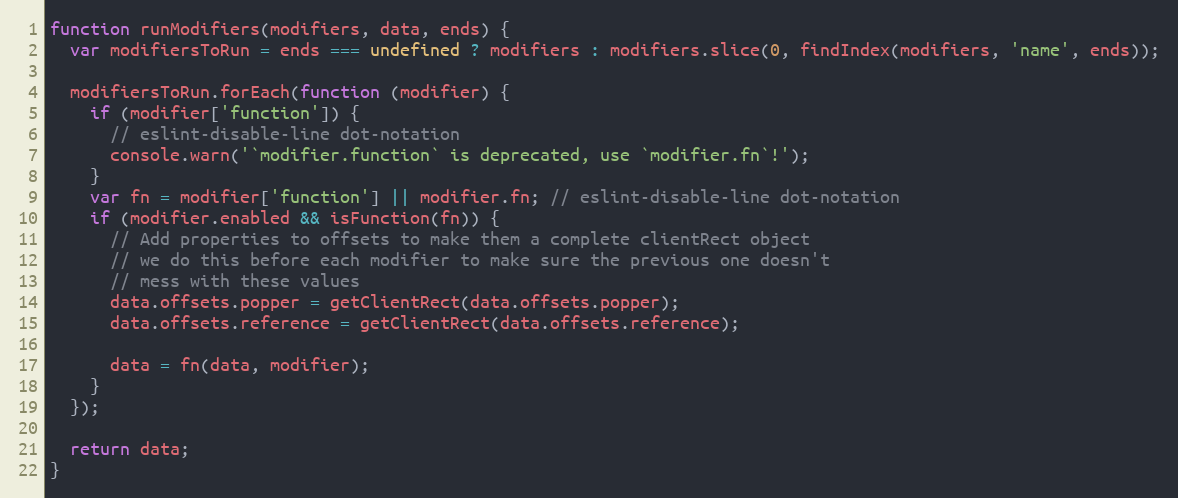
Language: JavaScript
function runModifiers(modifiers, data, ends) {
  var modifiersToRun = ends === undefined ? modifiers : modifiers.slice(0, findIndex(modifiers, 'name', ends));

  modifiersToRun.forEach(function (modifier) {
    if (modifier['function']) {
      // eslint-disable-line dot-notation
      console.warn('`modifier.function` is deprecated, use `modifier.fn`!');
    }
    var fn = modifier['function'] || modifier.fn; // eslint-disable-line dot-notation
    if (modifier.enabled && isFunction(fn)) {
      // Add properties to offsets to make them a complete clientRect object
      // we do this before each modifier to make sure the previous one doesn't
      // mess with these values
      data.offsets.popper = getClientRect(data.offsets.popper);
      data.offsets.reference = getClientRect(data.offsets.reference);

      data = fn(data, modifier);
    }
  });

  return data;
}